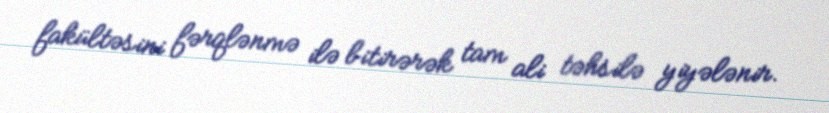
fakültəsini fərqlənmə ilə bitirərək tam ali təhsilə yiyələnir.